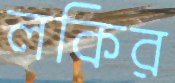
লকির